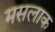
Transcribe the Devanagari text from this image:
मसलाक